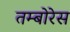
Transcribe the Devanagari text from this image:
तम्बोरेस